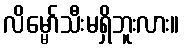
လိမ္မော်သီးမရှိဘူးလား။